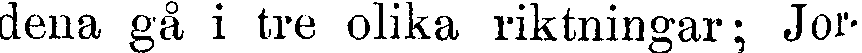
dena gå i tre olika riktningar; Jor-